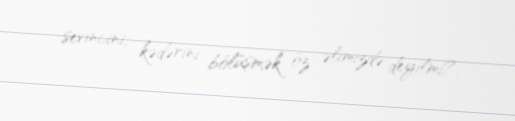
sevincini, kədərini bölüşmək öz əlimizdə deyilmi?.